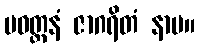
ပဝတ္တနံ ဇာဂရိတံ နာမ။